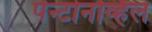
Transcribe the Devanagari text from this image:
पेन्टोनव्हिल